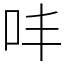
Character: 㕩